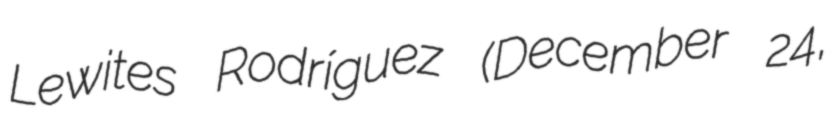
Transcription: Lewites Rodríguez (December 24,